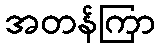
အတန်ကြာ